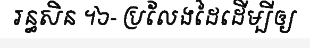
រន្ធសិន ។៦- ប្រលែងដៃដើម្បីឲ្យ